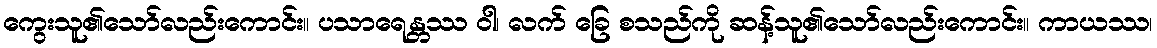
ကွေးသူ၏သော်လည်းကောင်း။ ပသာရေန္တဿ ဝါ၊ လက် ခြေ စသည်ကို ဆန့်သူ၏သော်လည်းကောင်း။ ကာယဿ၊